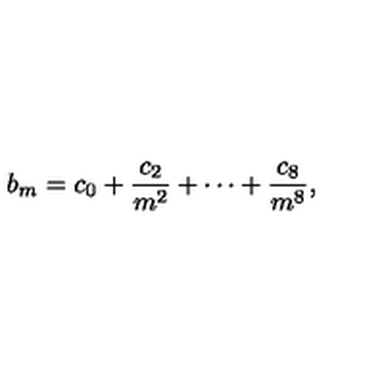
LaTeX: b _ { m } = c _ { 0 } + \frac { c _ { 2 } } { m ^ { 2 } } + \cdots + \frac { c _ { 8 } } { m ^ { 8 } } ,